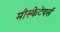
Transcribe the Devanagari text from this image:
मौस्केटेयर्स